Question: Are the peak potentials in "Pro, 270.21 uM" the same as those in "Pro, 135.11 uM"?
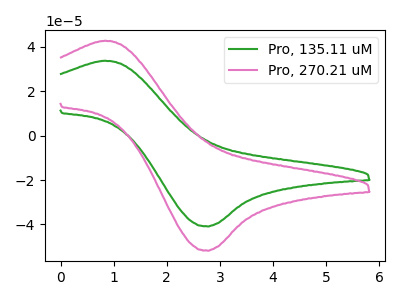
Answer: <think>The green curve "Pro, 135.11 uM" has an anodic peak at (0.85V, 33.75uA) and a cathodic peak at (2.75V, -40.90uA). The pink curve "Pro, 270.21 uM" has an anodic peak at (0.85V, 42.75uA) and a cathodic peak at (2.75V, -51.85uA).</think>
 <answer>Yes, "Pro, 270.21 uM" have a peak in "Pro, 135.11 uM" at the same potential.</answer>
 <eval>match</eval>